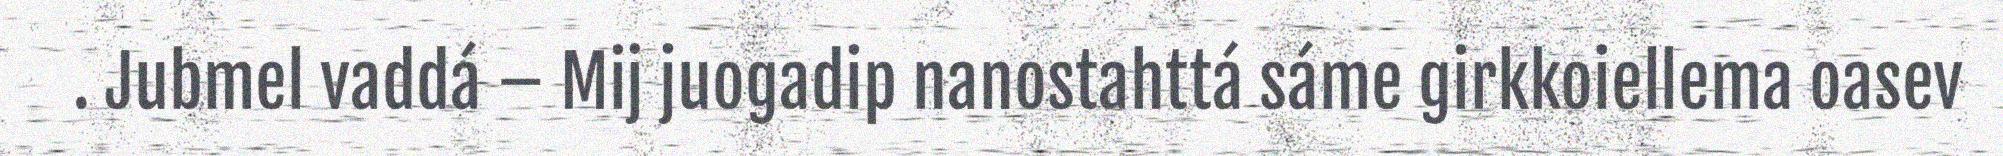
. Jubmel vaddá – Mij juogadip nanostahttá sáme girkkoiellema oasev